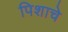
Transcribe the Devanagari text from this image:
पिशाचे